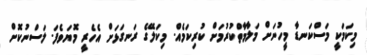
މިކަމަކީ މަސްކަނޑާ މީހުނަށް މަލާމާތްކުރުމަށް ކުރިކަމެއް. މިކަލޭގެ ރަނގަޅަށް އެހެރީ މޮޔަވެފަ. ލަސްނުކޮށް